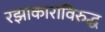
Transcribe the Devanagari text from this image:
रझाकारांविरुद्ध